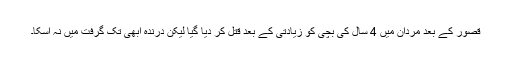
قصور کے بعد مردان میں 4 سال کی بچی کو زیادتی کے بعد قتل کر دیا گیا لیکن درندہ ابھی تک گرفت میں نہ آسکا۔